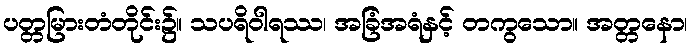
ပတ္တမြားတံတိုင်း၌။ သပရိဝါရဿ၊ အခြံအရံနှင့် တကွသော။ အတ္တနော၊